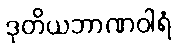
ဒုတိယဘာဏဝါရံ